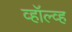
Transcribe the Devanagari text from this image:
व्हॉल्व्ह